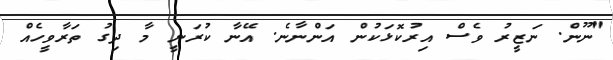
"ނޫން. ނަޒީރު ވެސް އިރުކޮޅަކުން އަންނާނެ. އޭނާ ކުރަނީ މާ ދިގު ތަރާވީހެއް